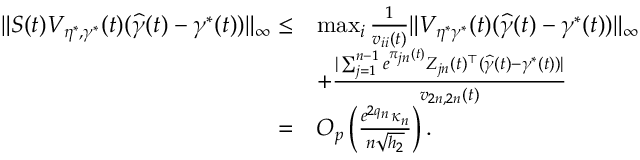
\begin{array} { r l } { \| S ( t ) V _ { \eta ^ { * } , \gamma ^ { * } } ( t ) ( \widehat { \gamma } ( t ) - \gamma ^ { * } ( t ) ) \| _ { \infty } \le } & { \operatorname* { m a x } _ { i } \frac { 1 } { v _ { i i } ( t ) } \| V _ { \eta ^ { * } \gamma ^ { * } } ( t ) ( \widehat { \gamma } ( t ) - \gamma ^ { * } ( t ) ) \| _ { \infty } } \\ & { + \frac { | \sum _ { j = 1 } ^ { n - 1 } e ^ { \pi _ { j n } ( t ) } Z _ { j n } ( t ) ^ { \top } ( \widehat { \gamma } ( t ) - \gamma ^ { * } ( t ) ) | } { v _ { 2 n , 2 n } ( t ) } } \\ { = } & { O _ { p } \left( \frac { e ^ { 2 q _ { n } } \kappa _ { n } } { n \sqrt { h _ { 2 } } } \right) . } \end{array}